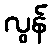
လွန်